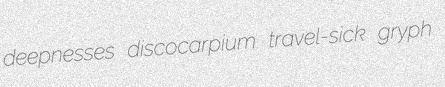
deepnesses discocarpium travel-sick gryph